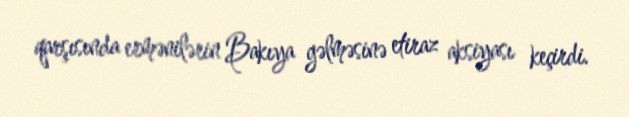
qarşısında ermənilərin Bakıya gəlməsinə etiraz aksiyası keçirdi.